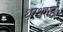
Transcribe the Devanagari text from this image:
थरथराती